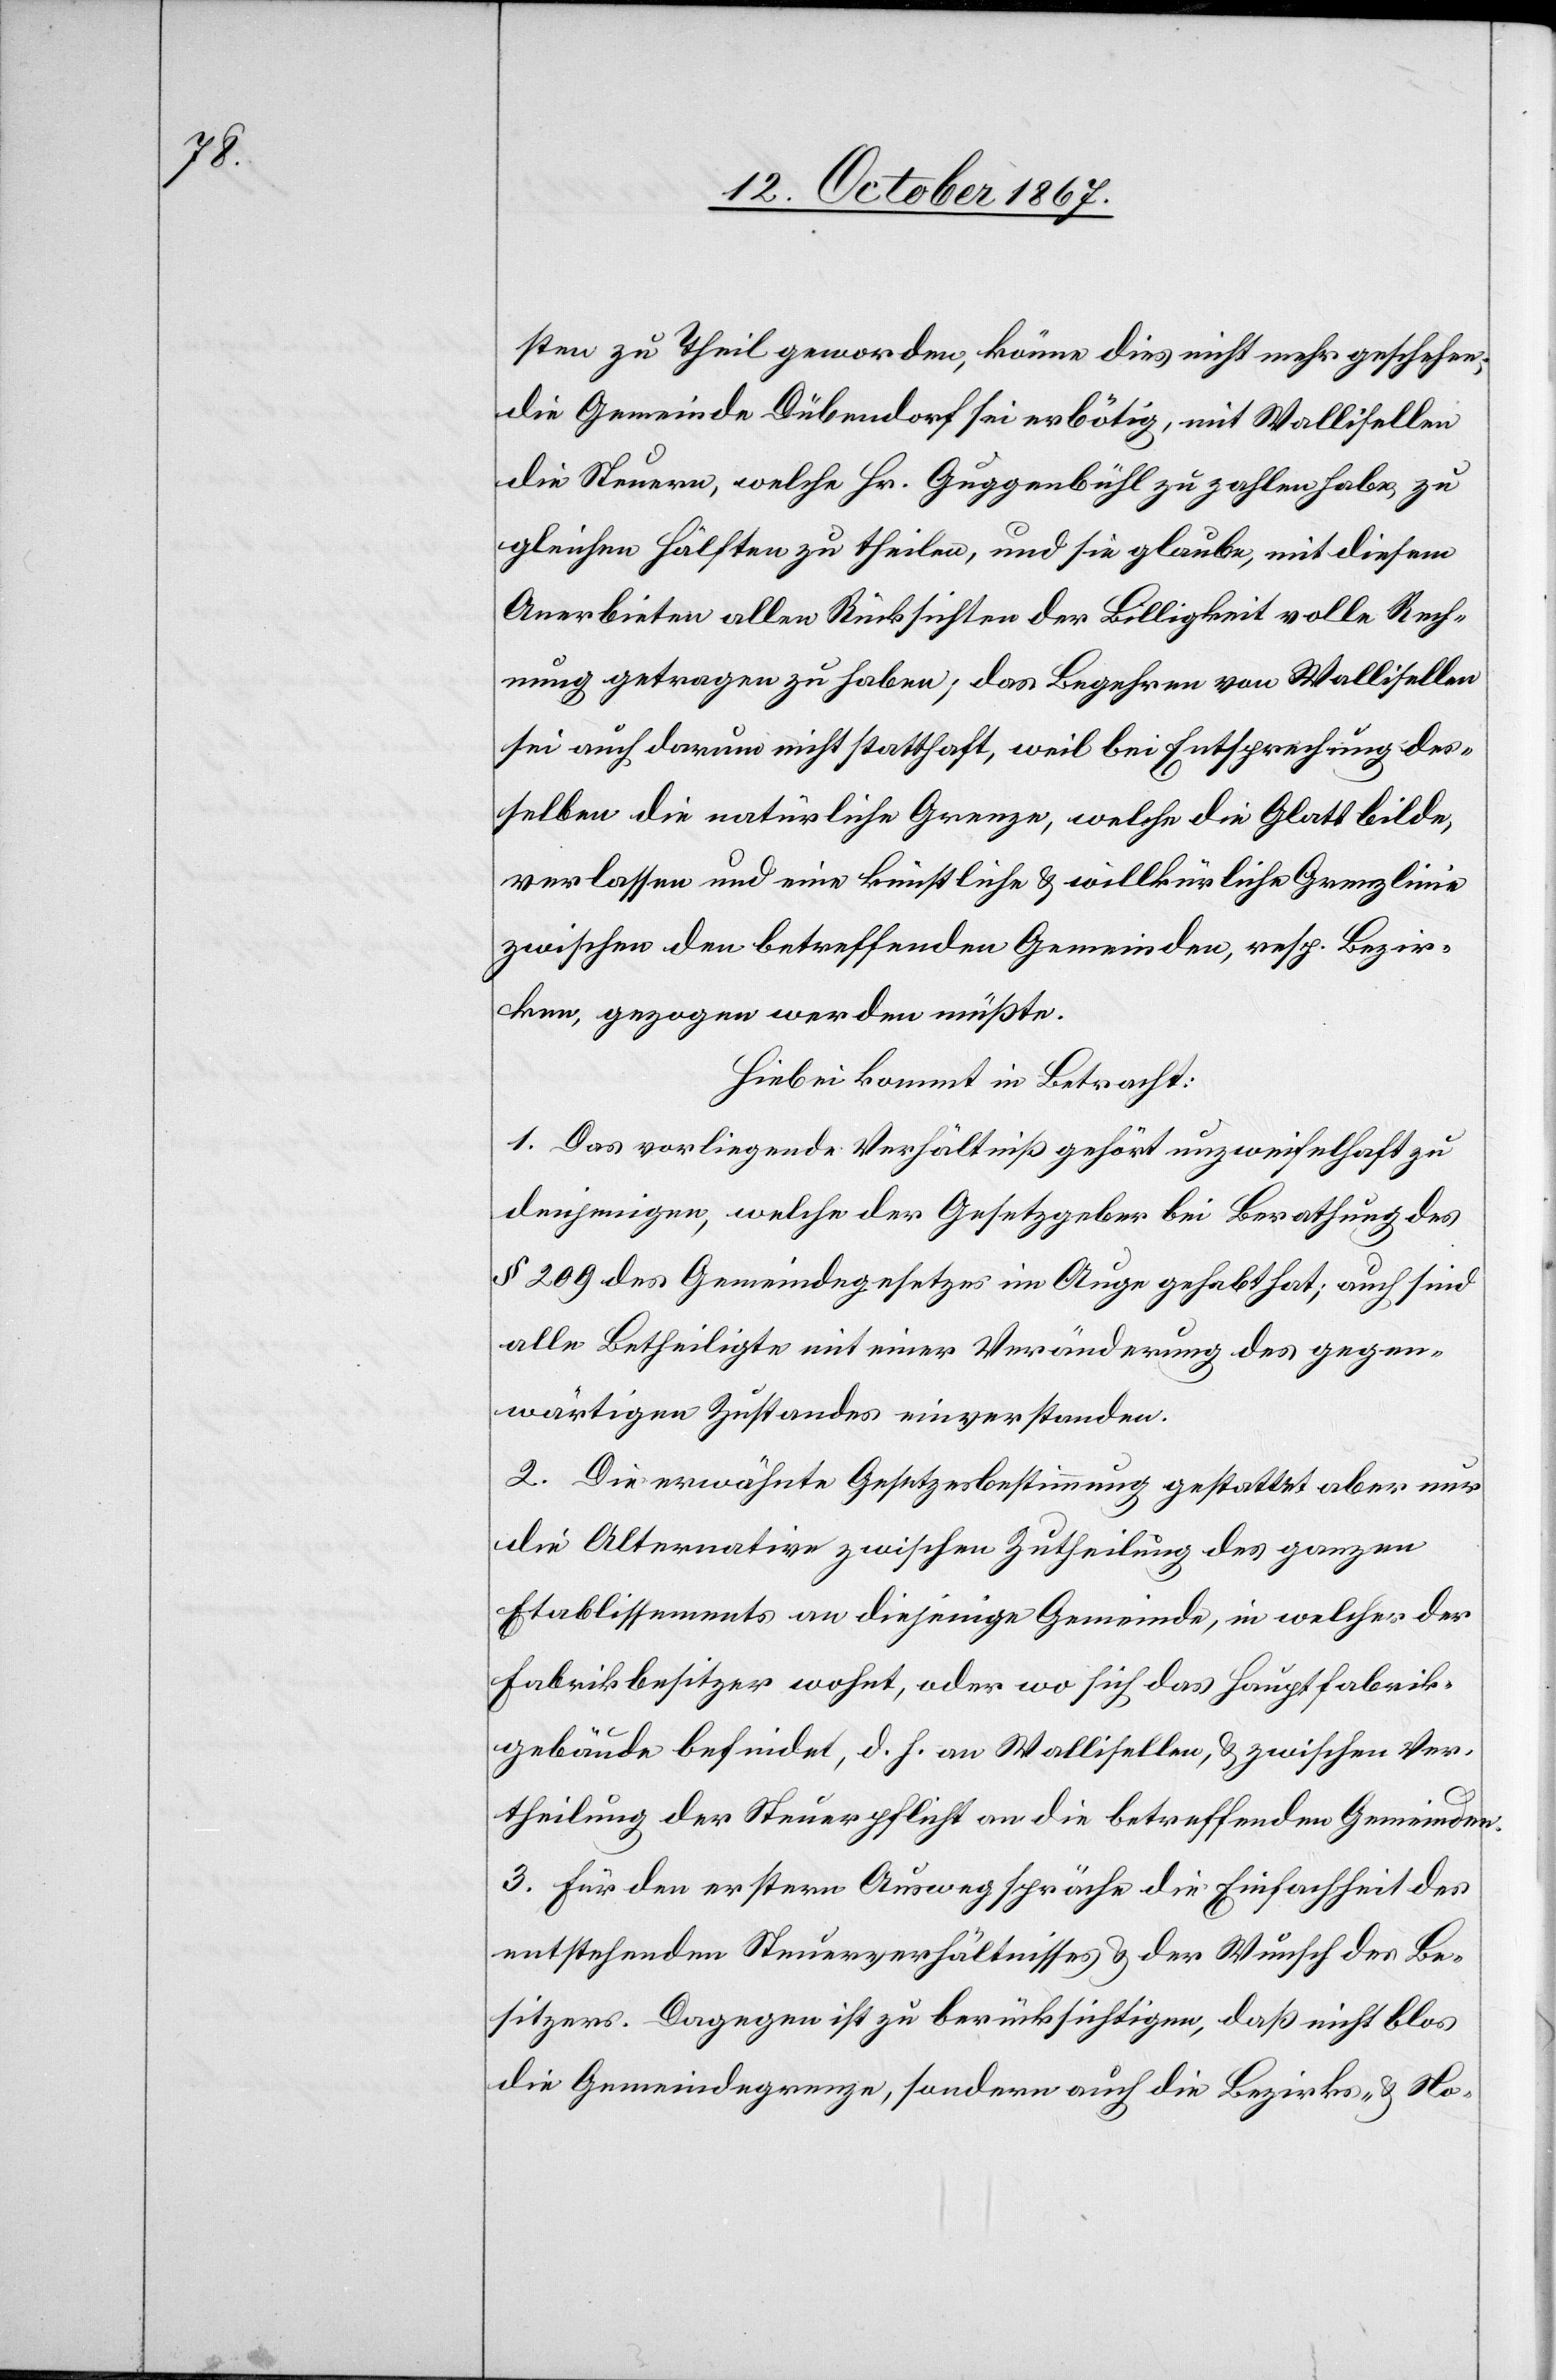
sten zu Theil geworden, könne dies nicht mehr geschehen;
die Gemeinde Dübendorf sei erbötig, mit Wallisellen
die Steuern, welche Hr. Guggenbühl zu zahlen habe, zu
gleichen Hälften zu theilen, und sie glaube, mit diesem
Anerbieten allen Rücksichten der Billigkeit volle Rech¬
nung getragen zu haben; das Begehren von Wallisellen
sei auch darum nicht statthaft, weil bei Entsprechung des¬
selben die natürliche Grenze, welche die Glatt bilde,
verlassen und eine künstliche u. willkürliche Grenzlinie
zwischen den betreffenden Gemeinden, resp. Bezir¬
ken, gezogen werden müßte.
Hiebei kommt in Betracht:
1. Das vorliegende Verhältniß gehört unzweifelhaft zu
denjenigen, welche der Gesetzgeber bei Berathung des
§ 209 des Gemeindegesetzes im Auge gehabt hat; auch sind
alle Betheiligten mit einer Veränderung des gegen¬
wärtigen Zustandes einverstanden.
2. Die erwähnte Gesetzesbestimmung gestattet aber nur
die Alternative zwischen Zutheilung des ganzen
Etablissements an diejenige Gemeinde, in welcher der
Fabrikbesitzer wohnt, oder wo sich das Hauptfabrik¬
gebäude befindet, d. h. an Wallisellen, u. zwischen Ver¬
theilung der Steuerpflicht an die betreffenden Gemeinden.
3. Für den erstern Ausweg spräche die Einfachheit des
entstehenden Steuerverhältnisses u. der Wunsch des Be¬
sitzers. Dagegen ist zu berücksichtigen, daß nicht blos
die Gemeindegrenze, sondern auch die Bezirks- u. No-